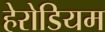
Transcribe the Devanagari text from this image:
हेरोडियम